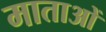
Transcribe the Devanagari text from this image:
माताआें